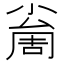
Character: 𡮚